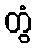
တွံ